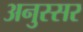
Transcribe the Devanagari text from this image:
अनुस्सर